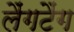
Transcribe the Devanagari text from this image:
लैंगटैंग